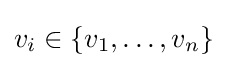
v_{i}\in \{v_{1},\dots ,v_{n}\}